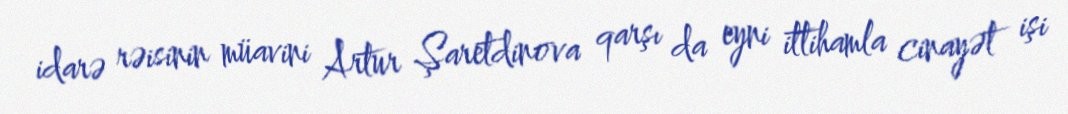
idarə rəisinin müavini Artur Şaretdinova qarşı da eyni ittihamla cinayət işi